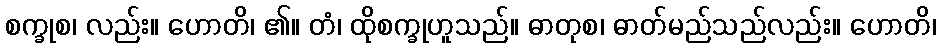
စက္ခုစ၊ လည်း။ ဟောတိ၊ ၏။ တံ၊ ထိုစက္ခုဟူသည်။ ဓာတုစ၊ ဓာတ်မည်သည်လည်း။ ဟောတိ၊